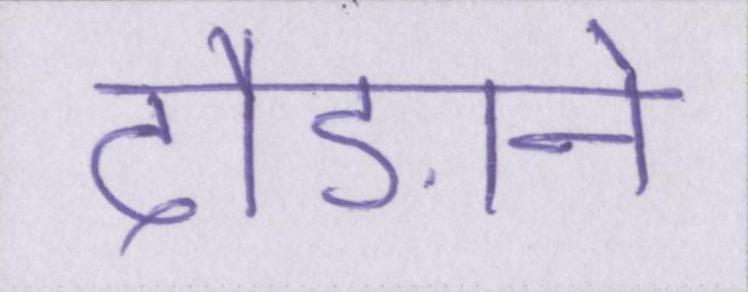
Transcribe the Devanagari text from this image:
दौड़ाने